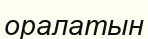
оралатын